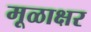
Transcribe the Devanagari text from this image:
मूळाक्षर